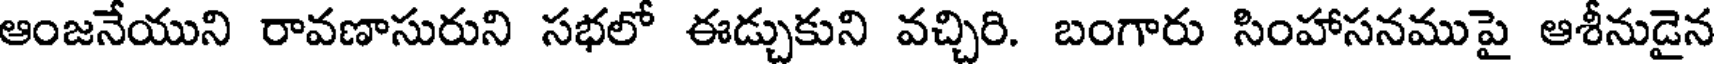
ఆంజనేయుని రావణాసురుని సభలో ఈడ్చుకుని వచ్చిరి. బంగారు సింహాసనముపై ఆశీనుడైన